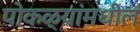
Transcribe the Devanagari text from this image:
पोकळ्यांमधील